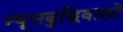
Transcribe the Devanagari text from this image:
न्यूनबुद्धिवालों